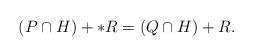
LaTeX: \begin{align*}(P\cap H) + *R = (Q\cap H) + R.\end{align*}